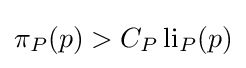
\pi _{P}(p)>C_{P}\operatorname {li} _{P}(p)